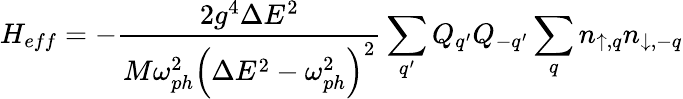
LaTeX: H_{eff}=-\frac{2g^{4}\Delta E^{2}}{M\omega_{ph}^{2}\left(\Delta E^{2}-\omega_{ph}^{2}\right)^{2}}\sum_{q^{\prime}}Q_{q^{\prime}}Q_{-q^{\prime}}\sum_{q}n_{\uparrow,q}n_{\downarrow,-q}